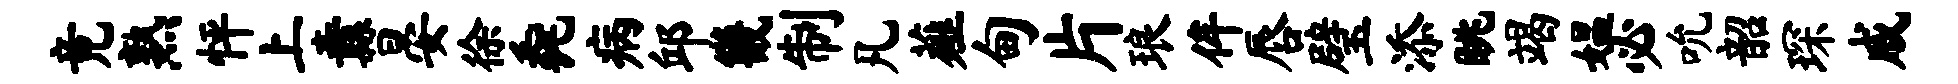
竟熟怦上纛晏徐毳病邱畿制凡薤甸片琅侔唇璧添眺竭媪必吮韶琛戚